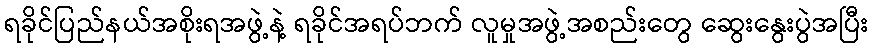
ရခိုင်ပြည်နယ်အစိုးရအဖွဲ့နဲ့ ရခိုင်အရပ်ဘက် လူမှုအဖွဲ့အစည်းတွေ ဆွေးနွေးပွဲအပြီး